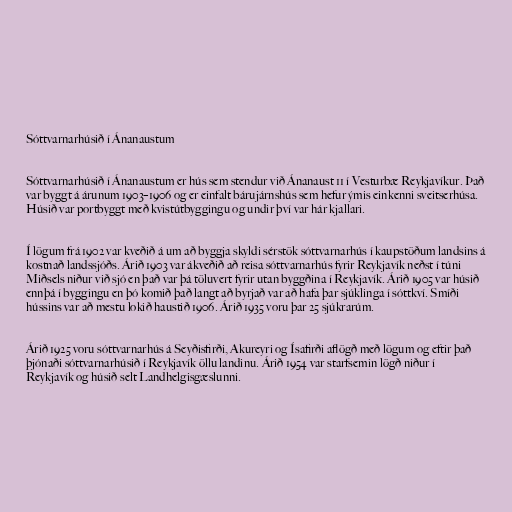
Sóttvarnarhúsið í Ánanaustum

Sóttvarnarhúsið í Ánanaustum er hús sem stendur við Ánanaust 11 í Vesturbæ Reykjavíkur. Það
var byggt á árunum 1903–1906 og er einfalt bárujárnshús sem hefur ýmis einkenni sveitserhúsa.
Húsið var portbyggt með kvistútbyggingu og undir því var hár kjallari.

Í lögum frá 1902 var kveðið á um að byggja skyldi sérstök sóttvarnarhús í kaupstöðum landsins á
kostnað landssjóðs. Árið 1903 var ákveðið að reisa sóttvarnarhús fyrir Reykjavík neðst í túni
Miðsels niður við sjó en það var þá töluvert fyrir utan byggðina í Reykjavík. Árið 1905 var húsið
ennþá í byggingu en þó komið það langt að byrjað var að hafa þar sjúklinga í sóttkví. Smíði
hússins var að mestu lokið haustið 1906. Árið 1935 voru þar 25 sjúkrarúm.

Árið 1925 voru sóttvarnarhús á Seyðisfirði, Akureyri og Ísafirði aflögð með lögum og eftir það
þjónaði sóttvarnarhúsið í Reykjavík öllu landinu. Árið 1954 var starfsemin lögð niður í
Reykjavík og húsið selt Landhelgisgæslunni.